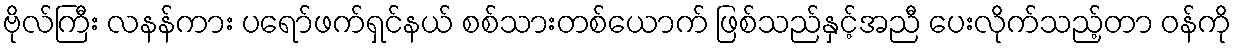
ဗိုလ်ကြီး လနန်ကား ပရော်ဖက်ရှင်နယ် စစ်သားတစ်ယောက် ဖြစ်သည်နှင့်အညီ ပေးလိုက်သည့်တာ ဝန်ကို